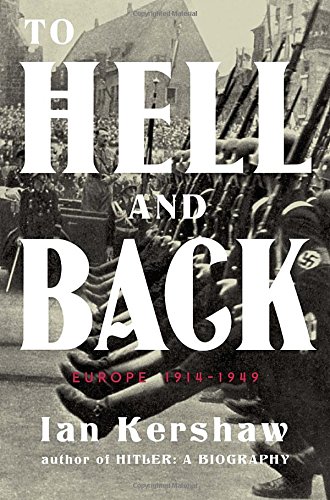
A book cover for To Hell and Back: Europe 1914-1949 (Penguin History of Europe (Viking)); Ian Kershaw; History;